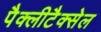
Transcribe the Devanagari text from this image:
पैक्लीटैक्सेल